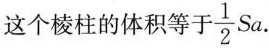
这个棱柱的体积等于\frac{1}{2}Sa.